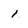
Character: i